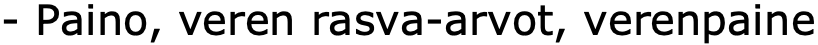
- Paino, veren rasva-arvot, verenpaine